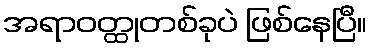
အရာဝတ္ထုတစ်ခုပဲ ဖြစ်နေပြီ။